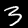
Digit: 3